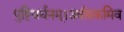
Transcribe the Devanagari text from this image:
पुष्टिवर्धनम्।उर्वारुकमिव